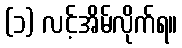
(၁) လင့်အိမ်လိုက်ရ။